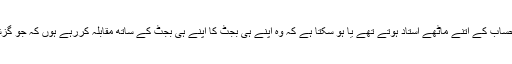
مجھے نہیں علم کہ تونسے میں حساب کے اتنے ماٹھے استاد ہوتے تھے یا ہو سکتا ہے کہ وہ اپنے ہی بجٹ کا اپنے ہی بجٹ کے ساتھ مقابلہ کررہے ہوں کہ جو گزشتہ برس دو سو پینتیس ارب تھا۔